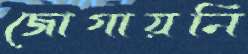
জোগায়নি